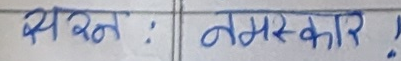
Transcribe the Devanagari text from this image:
स्वरन : नमस्कार !